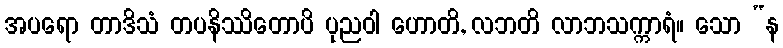
အပရော တာဒိသံ တပနိဿိတောပိ ပုညဝါ ဟောတိ, လဘတိ လာဘသက္ကာရံ။ သော “န